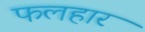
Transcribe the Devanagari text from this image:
फलहार